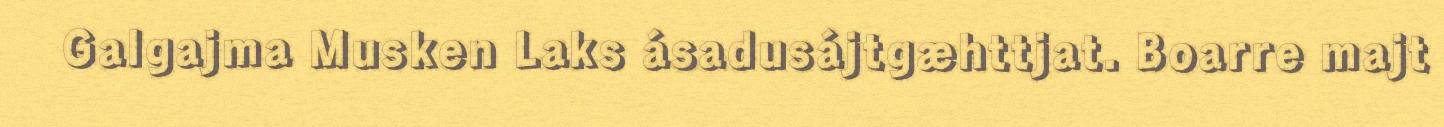
Galgajma Musken Laks ásadusájtgæhttjat. Boarre majt